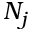
N _ { j }